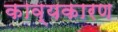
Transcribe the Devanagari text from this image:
काव्यकारण